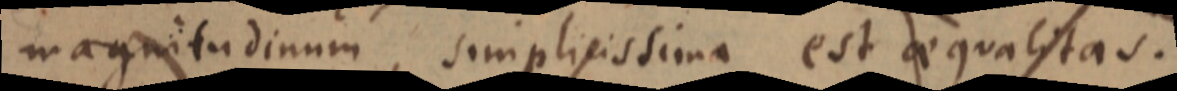
magnitudinum, simplicissima est aequalitas.